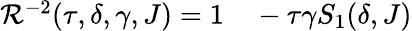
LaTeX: \begin{array}{rl}{\mathcal{R}^{-2}(\tau,\delta,\gamma,J)=1}&{{}-\tau\gamma S_{1}(\delta,J)}\end{array}